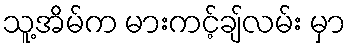
သူ့အိမ်က မားကင့်ချ်လမ်း မှာ